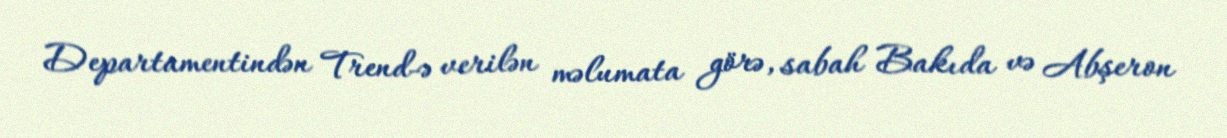
Departamentindən Trend-ə verilən məlumata görə, sabah Bakıda və Abşeron